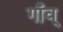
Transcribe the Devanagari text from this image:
गाँव्